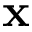
\mathbf { x }